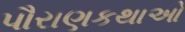
પૌરાણકથાઓ